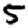
Digit: 5